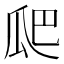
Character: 𭺗